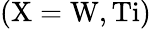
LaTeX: \mathrm{(X=W,Ti)}